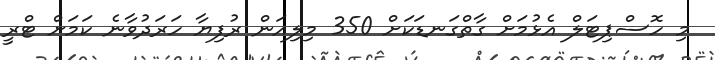
މި ހޮސްޕިޓަލް އެޅުމަށް ގާތްގަނޑަކަށް 350 މިލިއަން ރުފިޔާ ހަރަދުވާނެ ކަމަށް ޓްރީ